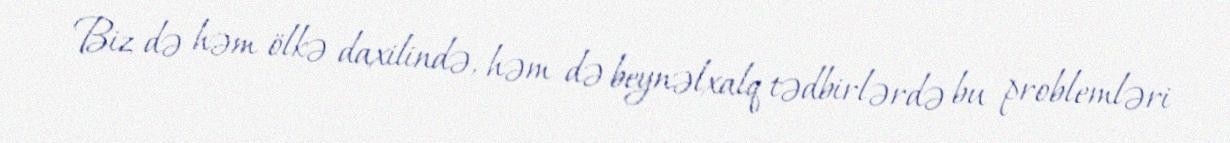
Biz də həm ölkə daxilində, həm də beynəlxalq tədbirlərdə bu problemləri